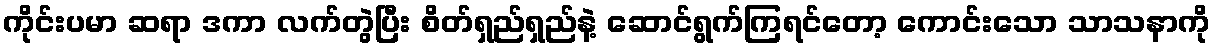
ကိုင်းပမာ ဆရာ ဒကာ လက်တွဲပြီး စိတ်ရှည်ရှည်နဲ့ ဆောင်ရွက်ကြရင်တော့ ကောင်းသော သာသနာကို